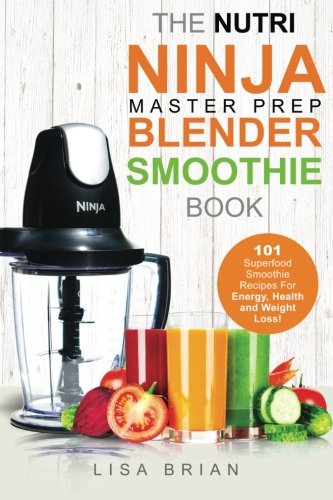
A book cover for Nutri Ninja Master Prep Blender Smoothie Book: 101 Superfood Smoothie Recipes For Better Health, Energy and Weight Loss! (Ninja Master Prep, Nutri ... Ninja Kitchen System Cookbooks) (Volume 1); Lisa Brian; Cookbooks, Food & Wine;